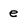
Character: e